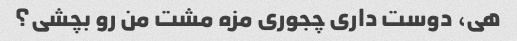
هی، دوست داری چجوری مزه مشت من رو بچشی؟